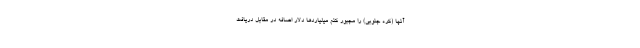
آنها (کره جنوبی) را مجبور کنم میلیاردها دلار اضافه در مقابل دریافت